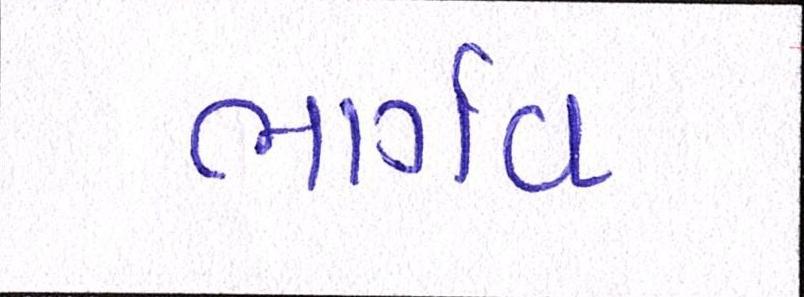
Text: ભાર્ગવ